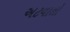
અટવાતો